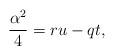
LaTeX: \begin{align*}\frac{\alpha ^{2}}{4}=r u -q t , \end{align*}